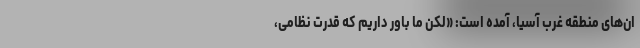
ان‌های منطقه غرب آسیا، آمده است: «لکن ما باور داریم که قدرت نظامی،